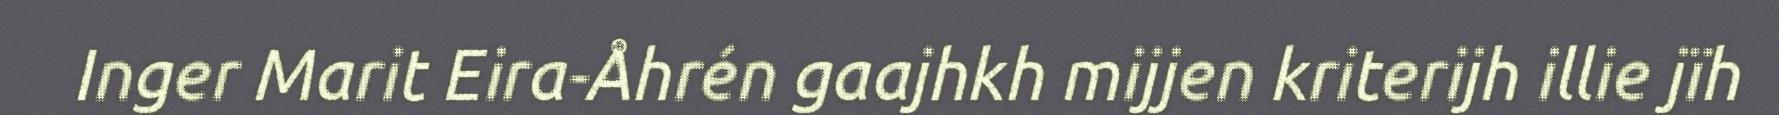
Inger Marit Eira-Åhrén gaajhkh mijjen kriterijh illie jïh